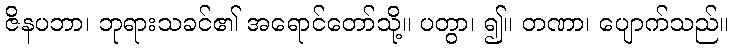
ဇိနပဘာ၊ ဘုရားသခင်၏ အရောင်တော်သို့။ ပတွာ၊ ၍။ တဏာ၊ ပျောက်သည်။